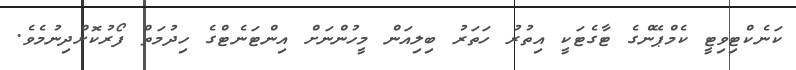
ކަނެކްޓިވިޓީ ކެމްޕޭންގެ ޓާގެޓަކީ އިތުރު ހަތަރު ބިލިއަން މީހުންނަށް އިންޓަނެޓްގެ ހިދުމަތް ފޯރުކޮށްދިނުމެވެ.